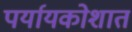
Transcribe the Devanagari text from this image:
पर्यायकोशात